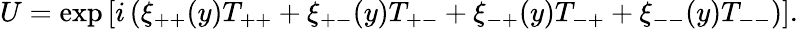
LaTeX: U=\exp\left[i\left(\xi_{++}(y)T_{++}+\xi_{+-}(y)T_{+-}+\xi_{-+}(y)T_{-+}+\xi_{--}(y)T_{--}\right)\right].